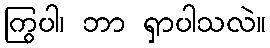
ကြွပါ၊ ဘာ ရှာပါသလဲ။